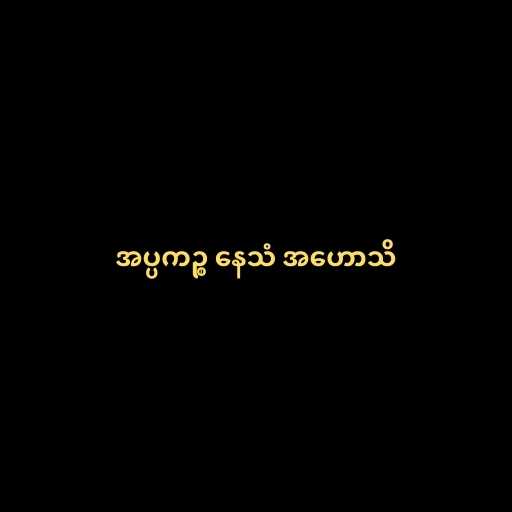
အပ္ပကဉ္စ နေသံ အဟောသိ